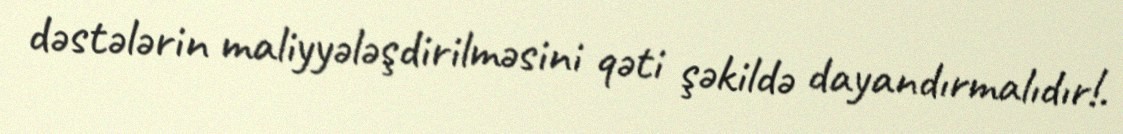
dəstələrin maliyyələşdirilməsini qəti şəkildə dayandırmalıdır!.